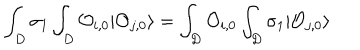
\int _ { D } \sigma _ { 1 } \int _ { D } { \cal O } _ { i , 0 } | { \cal O } _ { j , 0 } \rangle = \int _ { D } { \cal O } _ { i , 0 } \int _ { D } \sigma _ { 1 } | { \cal O } _ { j , 0 } \rangle \,